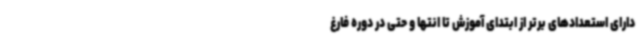
دارای استعدادهای برتر از ابتدای آموزش تا انتها و حتی در دوره فارغ